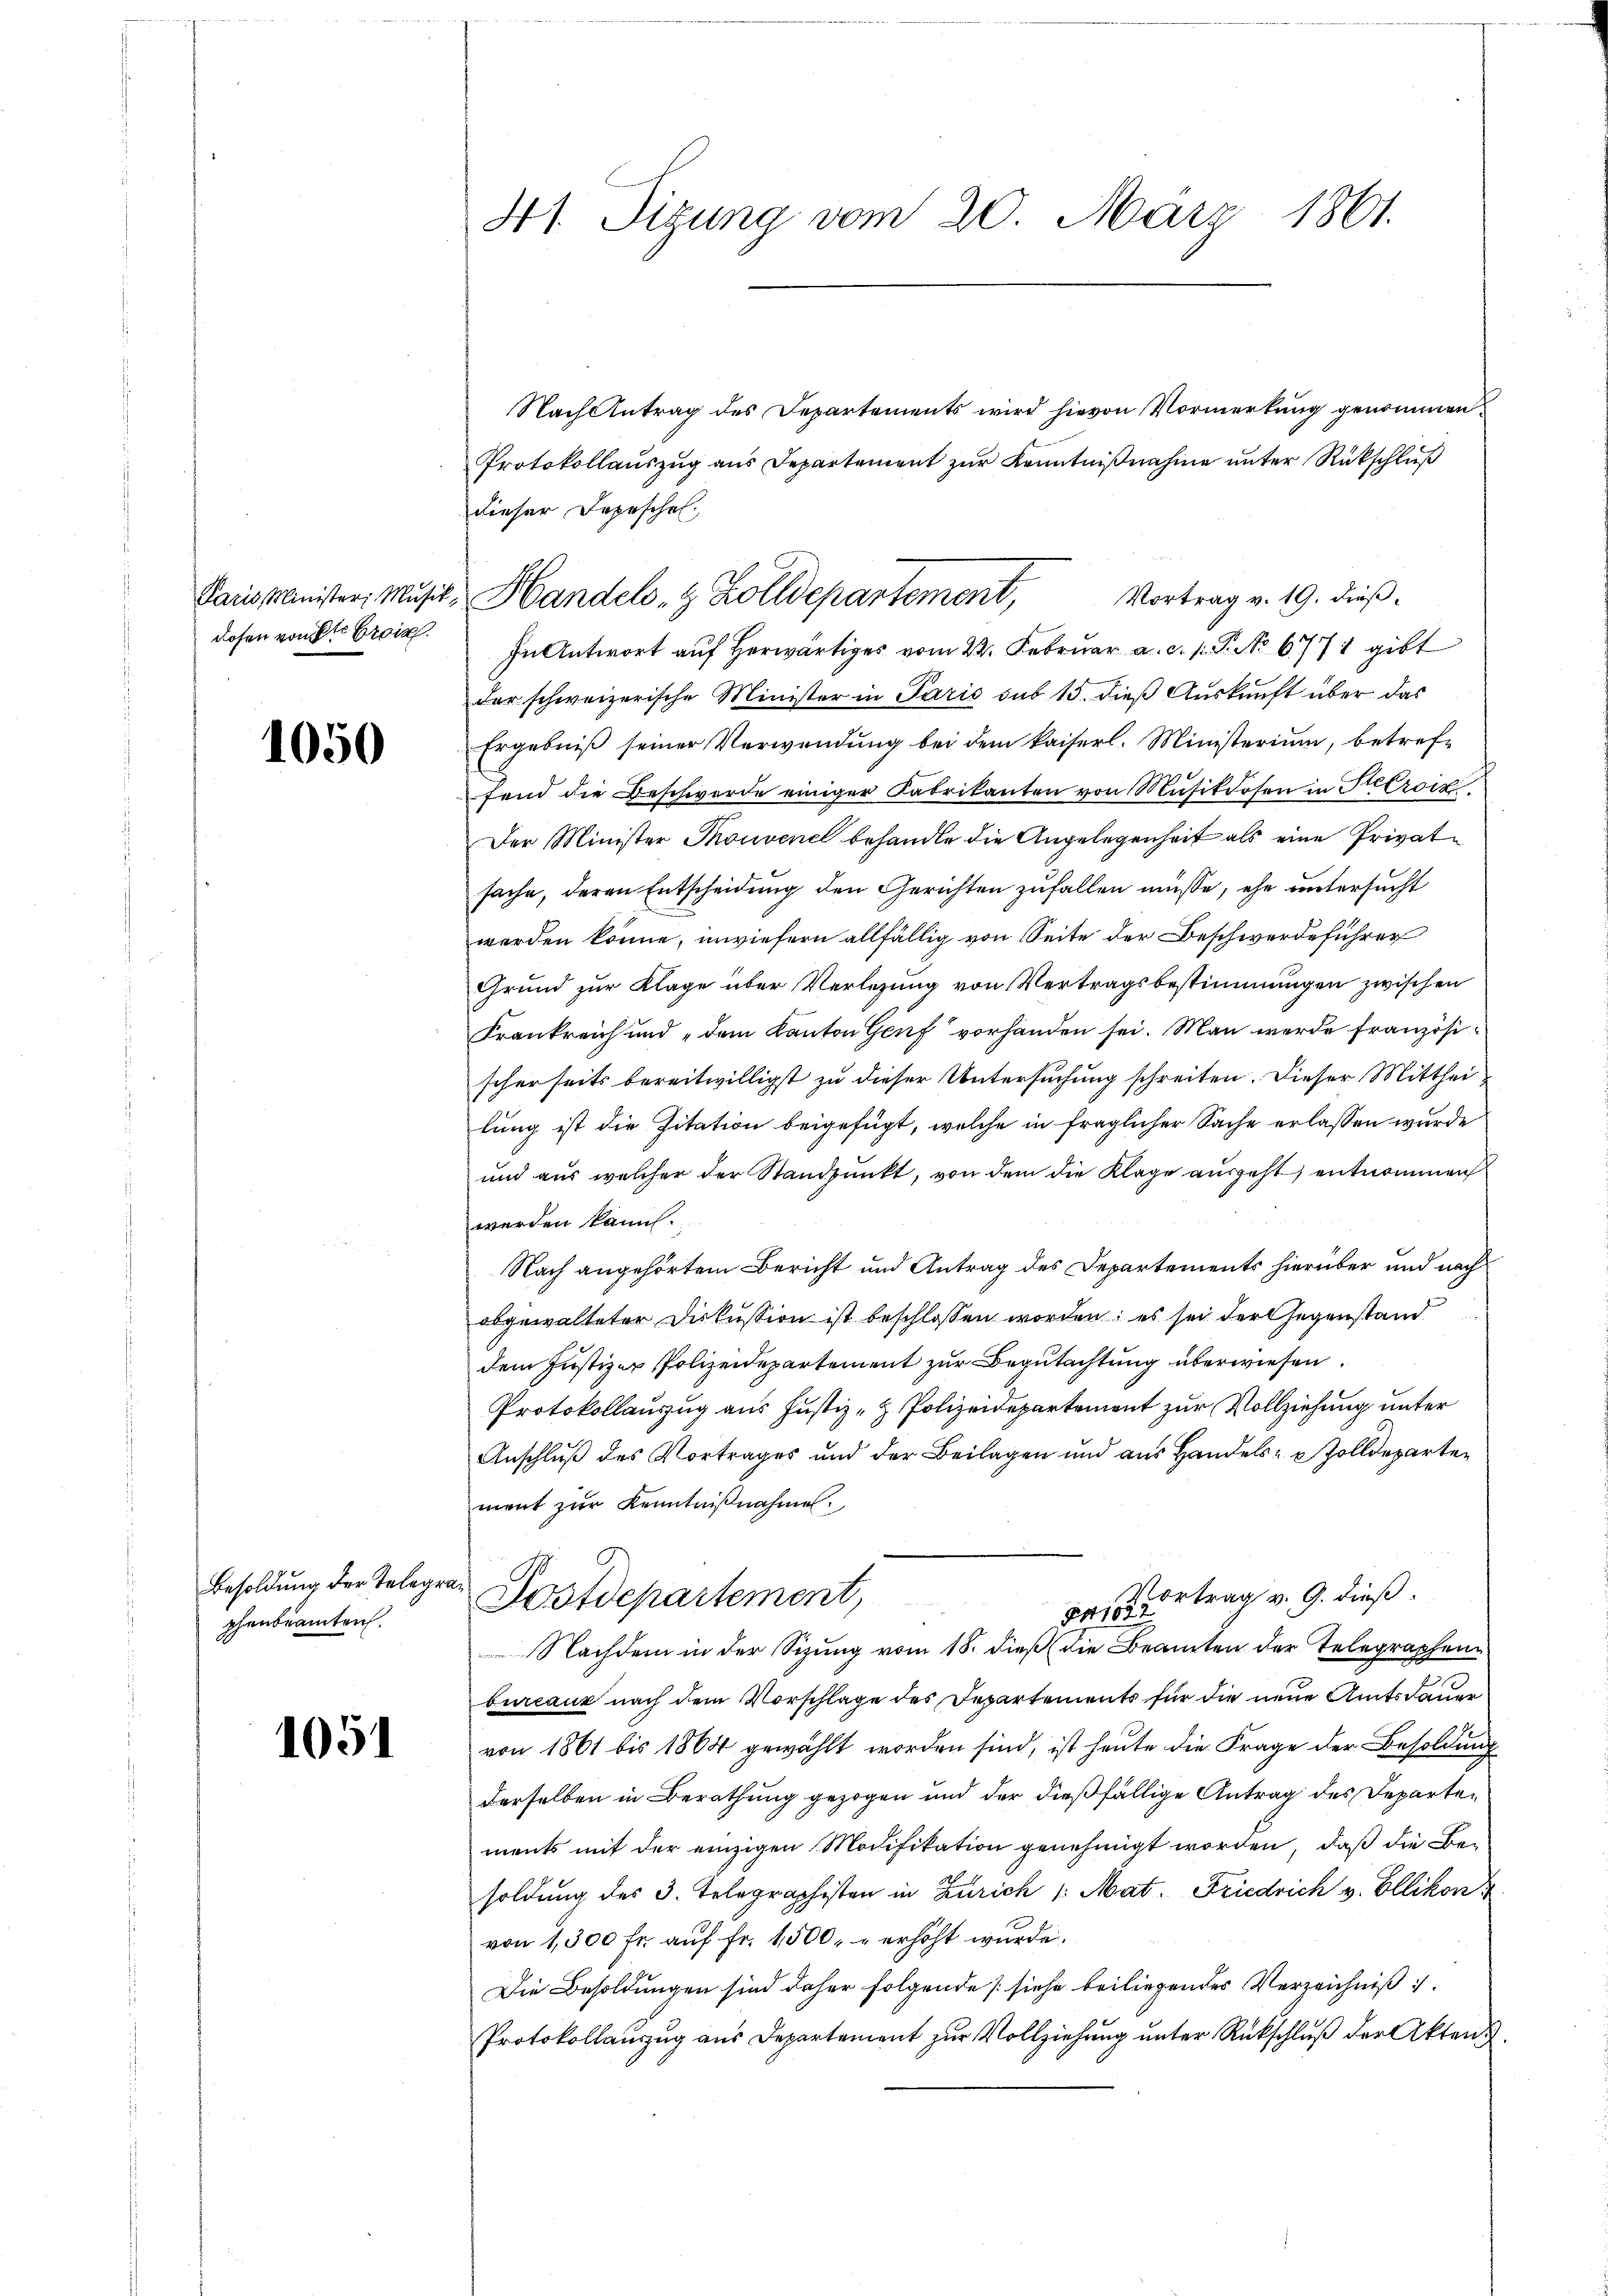
Paris Minister, Musik.
dohen von St. Broi

1050

Besoldung der Telegraphenbeamten.

1051

41. Sitzung vom 20. März 1861.

Nach Antrag des Departements wird hievon Vormerkung genommen
Protokollauszug aus Departement zur Kenntnißnahme unter Rückschluß
dieser Depesche.
In Antwort auf herwärtiges vom 22. Februar a. d. 1. P. No 6771 gibt
der schweizerische Minister in Paris sub 15. dieß Auskunft über das
Ergebniß seiner Verwendung bei dem kaiserl. Ministerium, betreffend die Beschwerde einiger Fabrikanten von Mŭsikdosen in Petrock
Der Minister Thonvenel behandle die Angelegenheit als eine Privatsache, deren Entscheidung den Gerichten zufallen müsse, ehe untersucht
werden könne, unwiefern allfällig von Seite der Beschwerdeführer
Grund zur Klage über Verlesung von Vertragsbestimmungen zwischen
Frankreich und „dem Kanton Genf vorhanden sei. Man werde französischerseits bereitwilligst zu dieser Untersuchung schreiten. Dieser Mittheilung ist die Zitation beigefügt, welche in fraglicher Sache erlassen wurde
und aus welcher der Standpunkt, von dem die Klage ausgeht, entnommen
werden kann.
Nach angehörtem Bericht und Antrag des Departements hierüber und nach
obgewalteter Diskussion ist beschlossen worden; es sei der Gegenstand
dem Justizen Polizeidepartement zur Begutachtung überwiesen.
Protokollauszug aus Justiz- & Polizeidepartement zur Vollziehung unter
Anschluß des Vortrages und der Beilagen und aus Handels- & Zolldeparten
ment zur Kenntnißnahme.
Vortrag v. G. dieß¬
Postdepartement,
gerad
Nachdem in der Sizung vom 18. dieß die Beamten der Telegraphenbureaux nach dem Vorschlage des Departements für die neue Amtsdauer
von 1861 bis 1864 gewählt worden sind, ist heute die Frage der Besoldung
derselben in Berathung gezogen und der dießfällige Antrag des Departements mit der einzigen Modifikation genehmigt worden, daß die Besoldung des 3. Telegraphisten in Zürich 1. Mat. Friedrich v. Ellikon &
von 1,300 fr. aŭf fr. 1500. erhöht wurde.
Die Besoldungen sind daher folgende [siehe beiliegendes Verzeichniß
Protokollanzug aus Departement zur Vollziehung unter Rückschluß der Akten d

Vortrag v. 19. dieß,
Handels- & Zolldepartement,